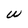
Character: W